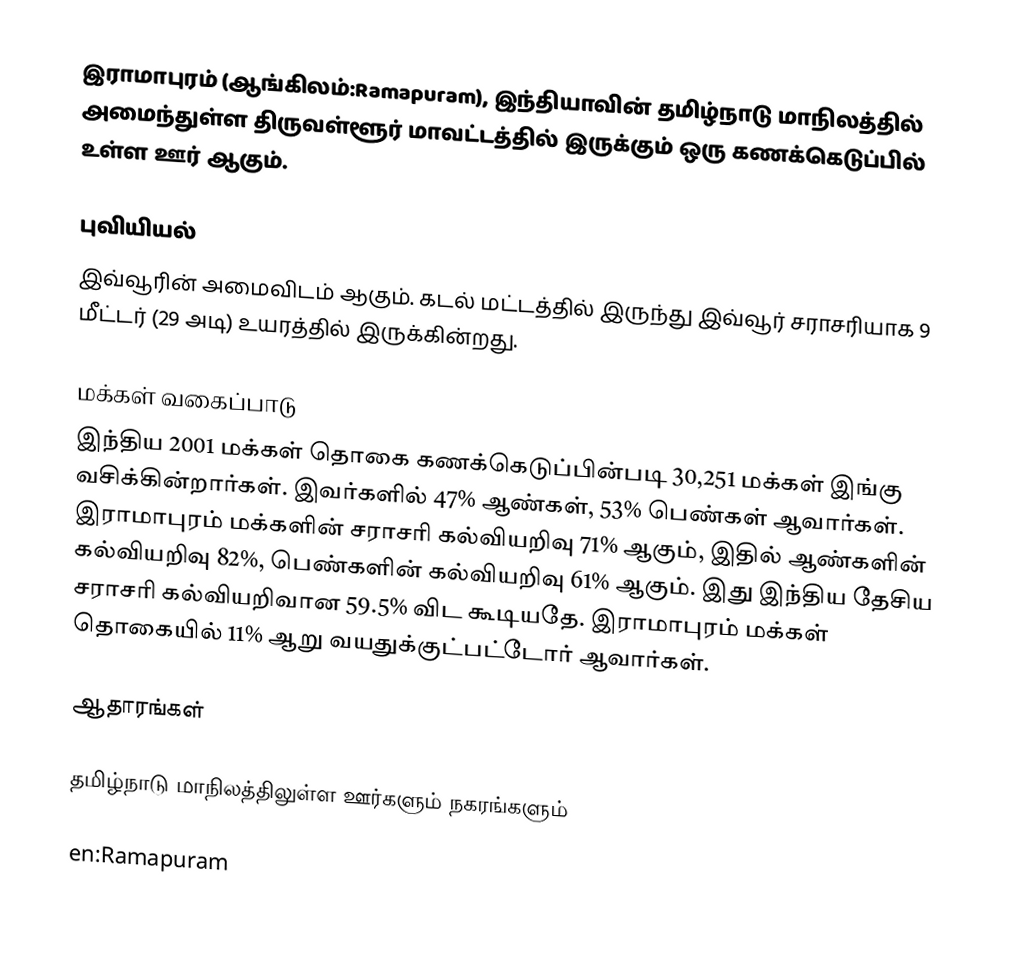
இராமாபுரம் (ஆங்கிலம்:Ramapuram), இந்தியாவின் தமிழ்நாடு மாநிலத்தில் அமைந்துள்ள திருவள்ளூர் மாவட்டத்தில் இருக்கும் ஒரு கணக்கெடுப்பில் உள்ள ஊர்  ஆகும்.

புவியியல்
இவ்வூரின் அமைவிடம்  ஆகும். கடல் மட்டத்தில் இருந்து இவ்வூர் சராசரியாக 9 மீட்டர் (29 அடி) உயரத்தில் இருக்கின்றது.

மக்கள் வகைப்பாடு
இந்திய 2001 மக்கள் தொகை கணக்கெடுப்பின்படி 30,251 மக்கள் இங்கு வசிக்கின்றார்கள். இவர்களில் 47% ஆண்கள், 53% பெண்கள் ஆவார்கள். இராமாபுரம் மக்களின் சராசரி கல்வியறிவு 71% ஆகும்,  இதில் ஆண்களின் கல்வியறிவு 82%,  பெண்களின் கல்வியறிவு 61% ஆகும். இது இந்திய தேசிய சராசரி கல்வியறிவான 59.5% விட கூடியதே. இராமாபுரம் மக்கள் தொகையில் 11%  ஆறு வயதுக்குட்பட்டோர் ஆவார்கள்.

ஆதாரங்கள்

தமிழ்நாடு மாநிலத்திலுள்ள ஊர்களும் நகரங்களும்

en:Ramapuram